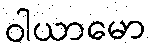
ဝါယာမော